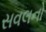
સવલનો